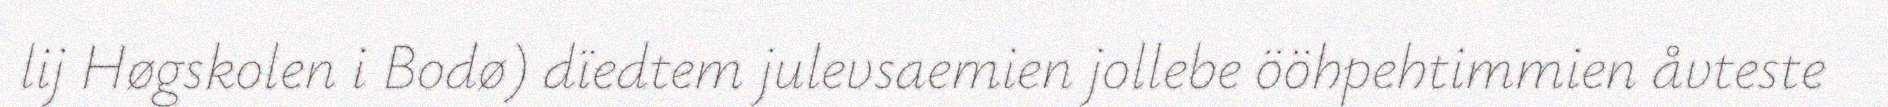
lij Høgskolen i Bodø) dïedtem julevsaemien jollebe ööhpehtimmien åvteste